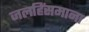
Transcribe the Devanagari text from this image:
जलहिंसमाना